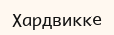
Хардвикке